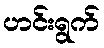
ဟင်းရွက်